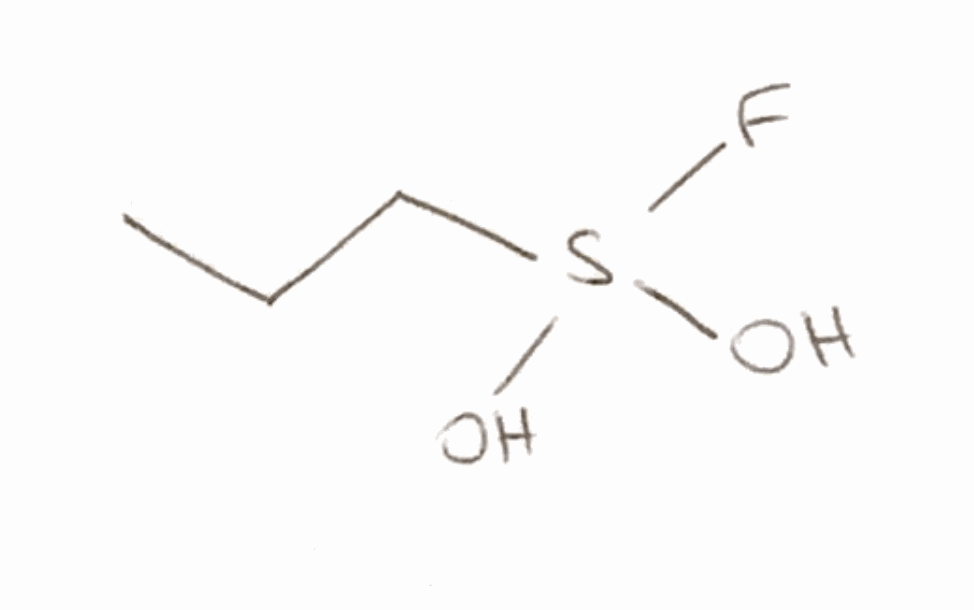
Simplified molecular-input line-entry system (SMILES) notation of the given molecule:
CCCS(O)(O)F